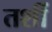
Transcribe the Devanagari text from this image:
तशीं